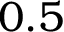
0 . 5